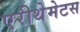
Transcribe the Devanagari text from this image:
एरीथेमेटस